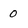
Character: 0